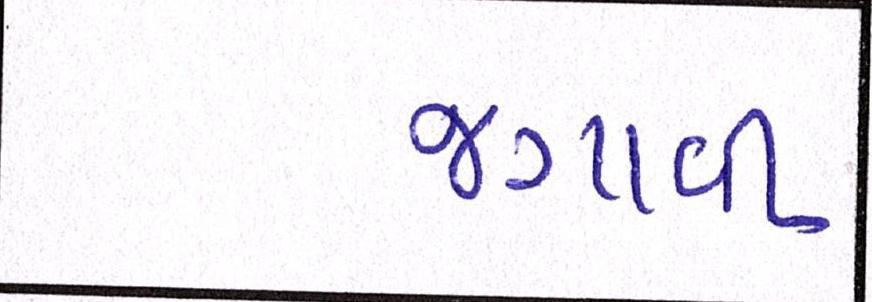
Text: જગાવી